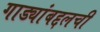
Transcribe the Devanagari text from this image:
गाड्यांबद्दलची